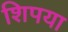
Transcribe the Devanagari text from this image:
शिपया